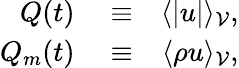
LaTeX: \begin{array}{rlr}{Q(t)}&{{}\equiv}&{\langle\vert u\vert\rangle_{\mathcal{V}},}\\ {Q_{m}(t)}&{{}\equiv}&{\langle\rho u\rangle_{\mathcal{V}},}\end{array}